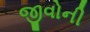
જીવોની